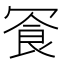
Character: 𪞓